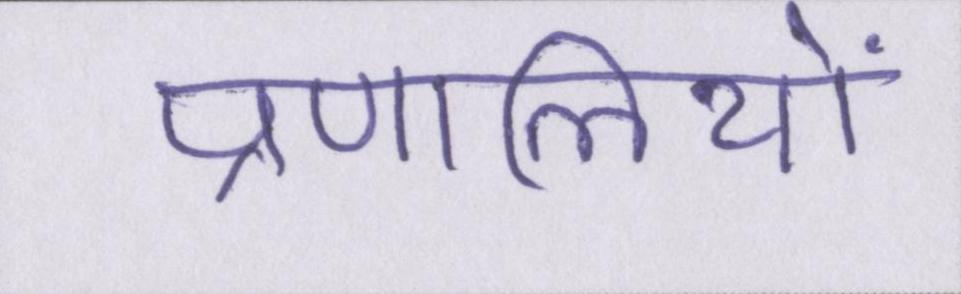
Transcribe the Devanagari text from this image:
प्रणालियों